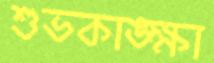
শুভকাঙ্ক্ষা